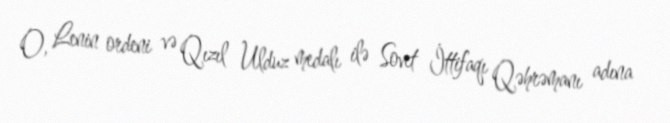
O, Lenin ordeni və Qızıl Ulduz medalı ilə Sovet İttifaqı Qəhrəmanı adına